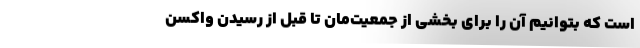
است که بتوانیم آن را برای بخشی از جمعیت‌مان تا قبل از رسیدن واکسن